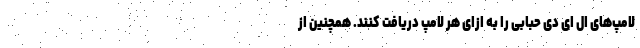
لامپ‌های ال ای دی حبابی را به ازای هر لامپ دریافت کنند. همچنین از